38_143685_box_Incident_Summaries_173-233
Agency: Department of War
Page 32
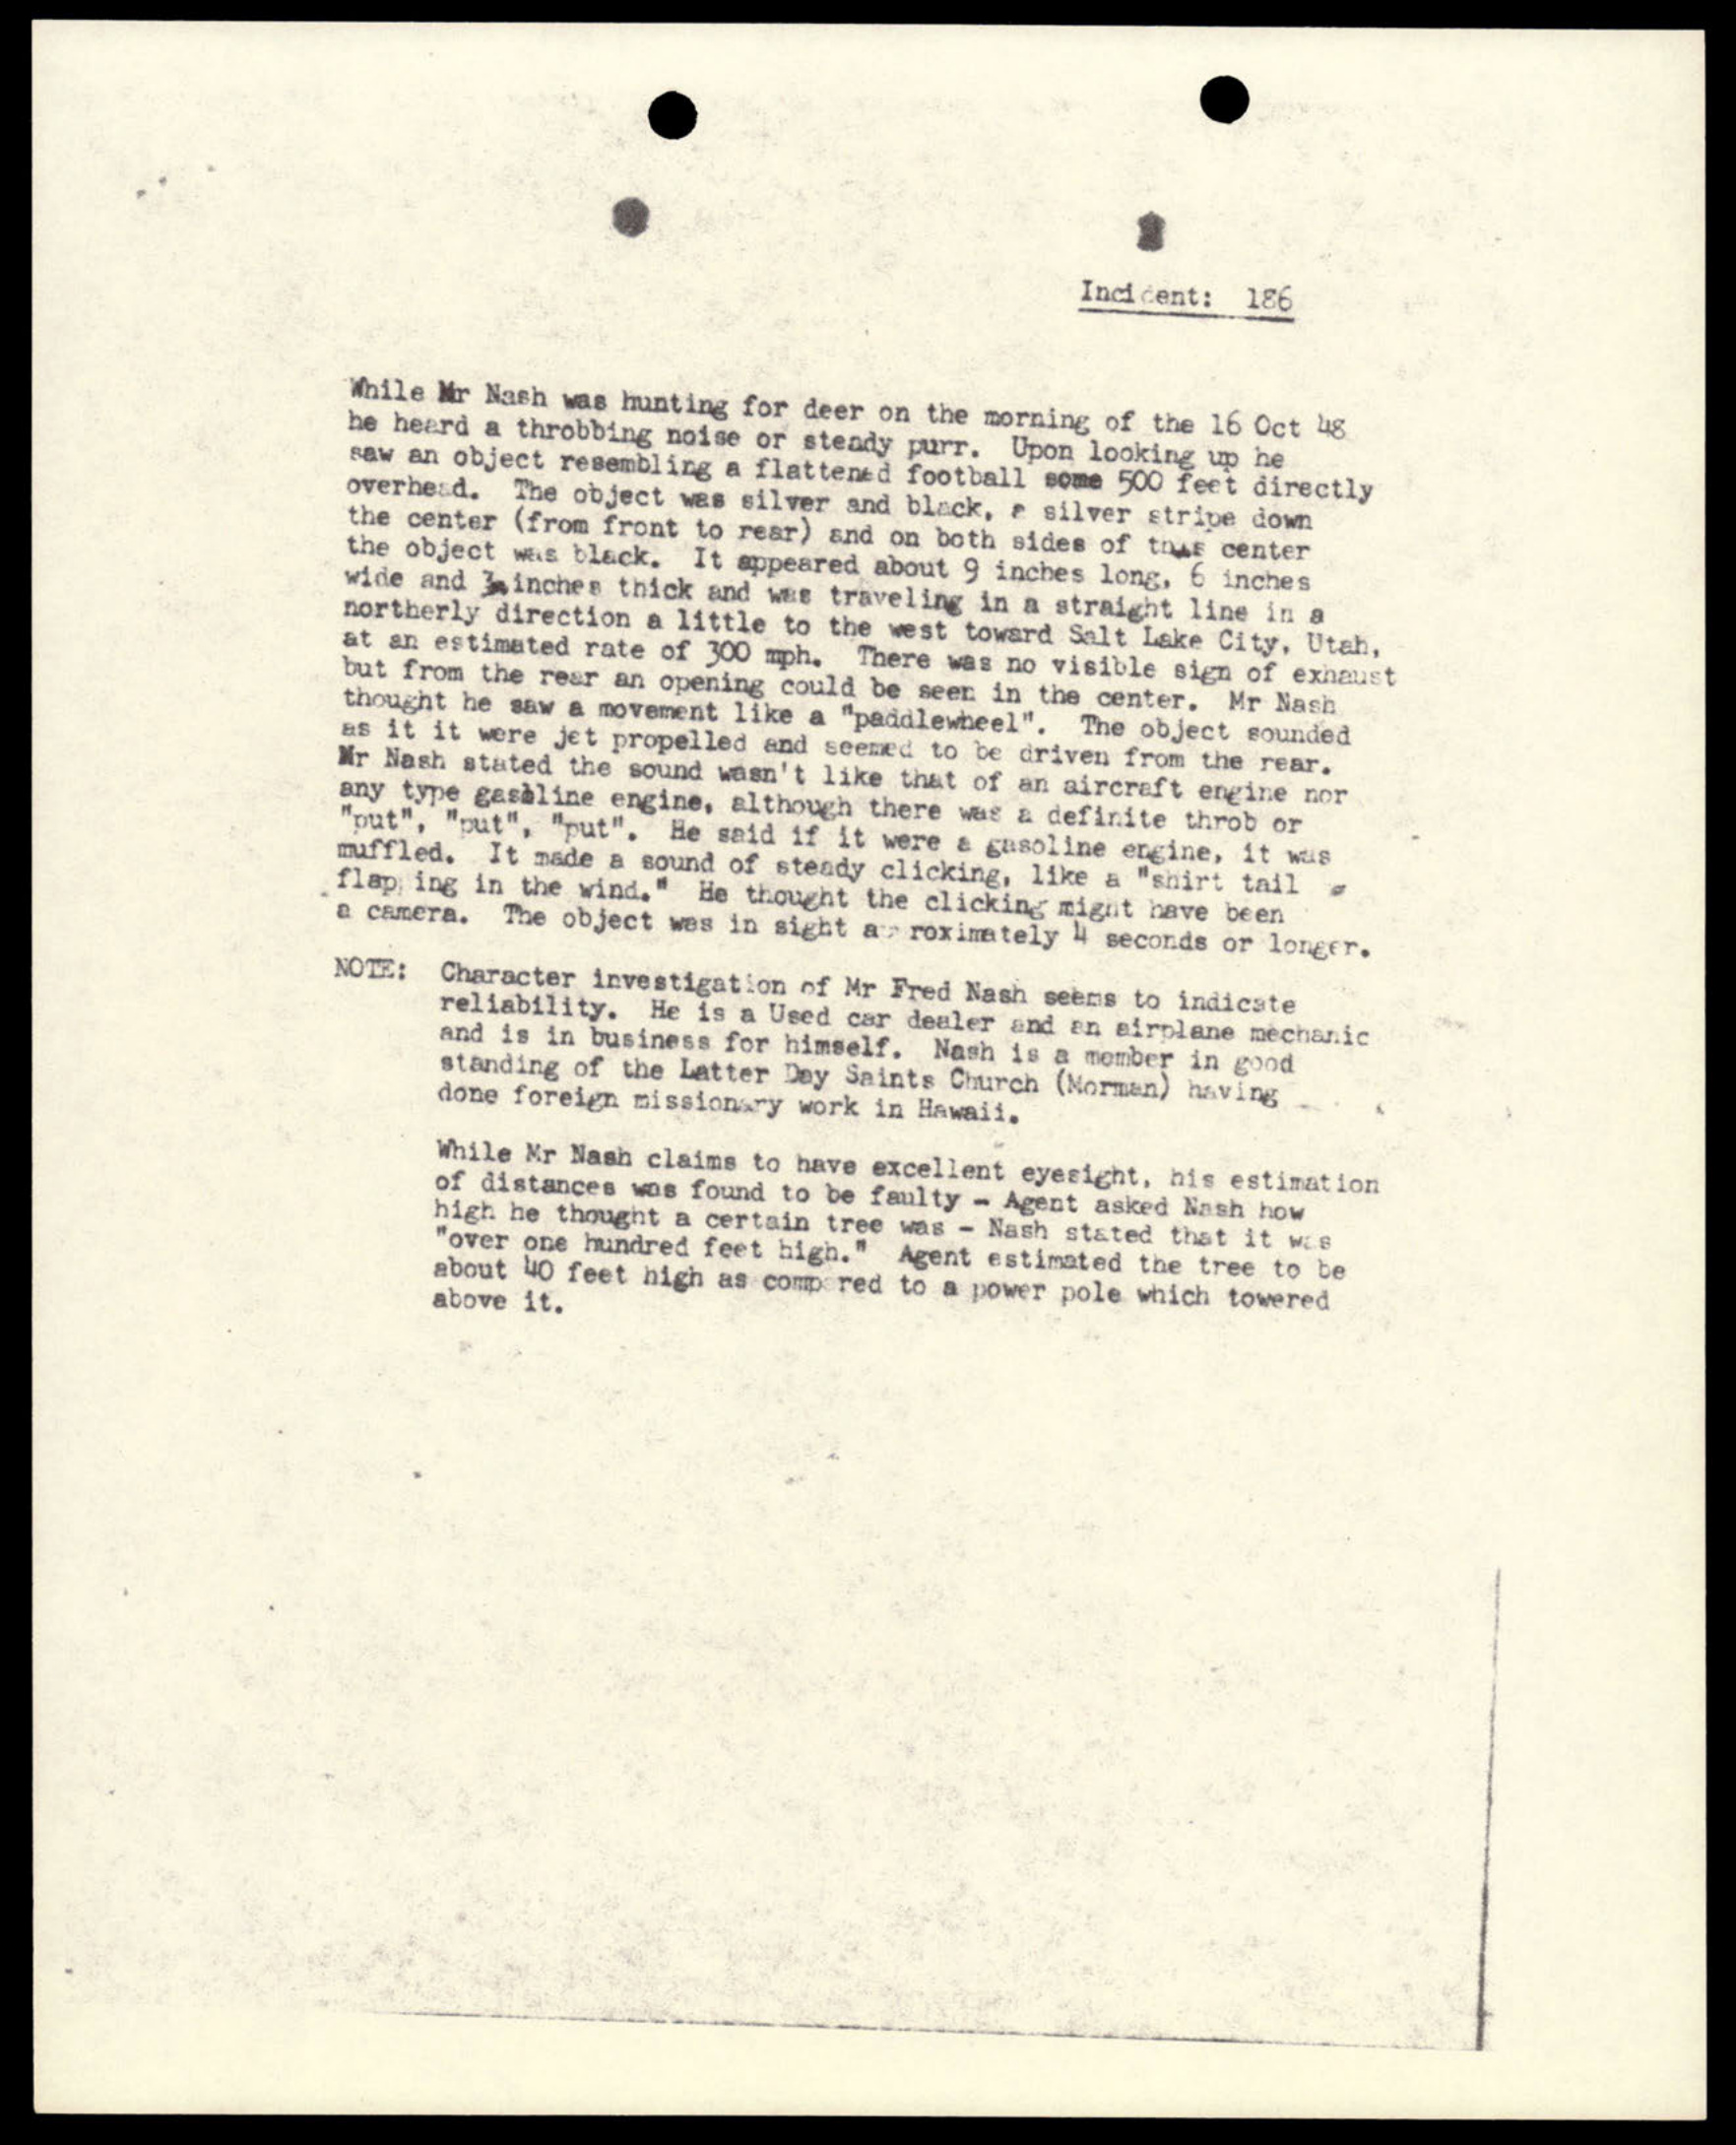